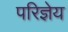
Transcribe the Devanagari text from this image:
परिज्ञेय